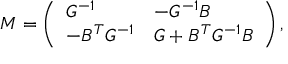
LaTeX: M = \left( \begin{array} { l l } { { G ^ { - 1 } } } & { { - G ^ { - 1 } B } } \\ { { - B ^ { T } G ^ { - 1 } } } & { { G + B ^ { T } G ^ { - 1 } B } } \end{array} \right) ,